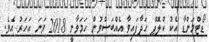
ޑޯޓްމަންޑާ އެކު ކްލޮޕް ހަދާފައިވާ އެއްބަސްވުން ހަމަވާނީ 2018 ވަނަ އަހަރު އެވެ.